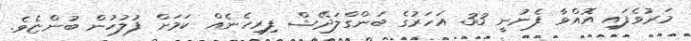
މަރުވެފައި އޮއްވާ ފެނުނީ 33 އަހަރުގެ ބަންގްލަދޭޝް ފިރިހެނެއް ކަމަށް ފުލުހުން ބުންޏެވެ.